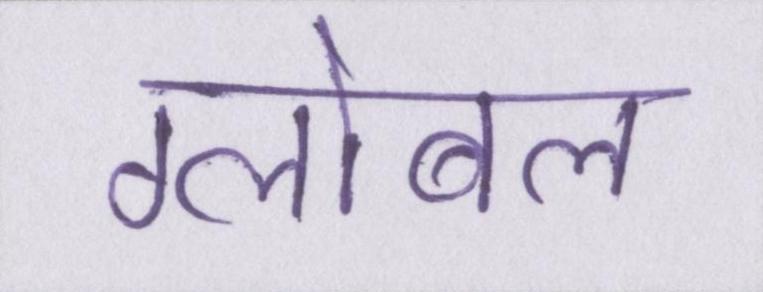
ग्लोबल